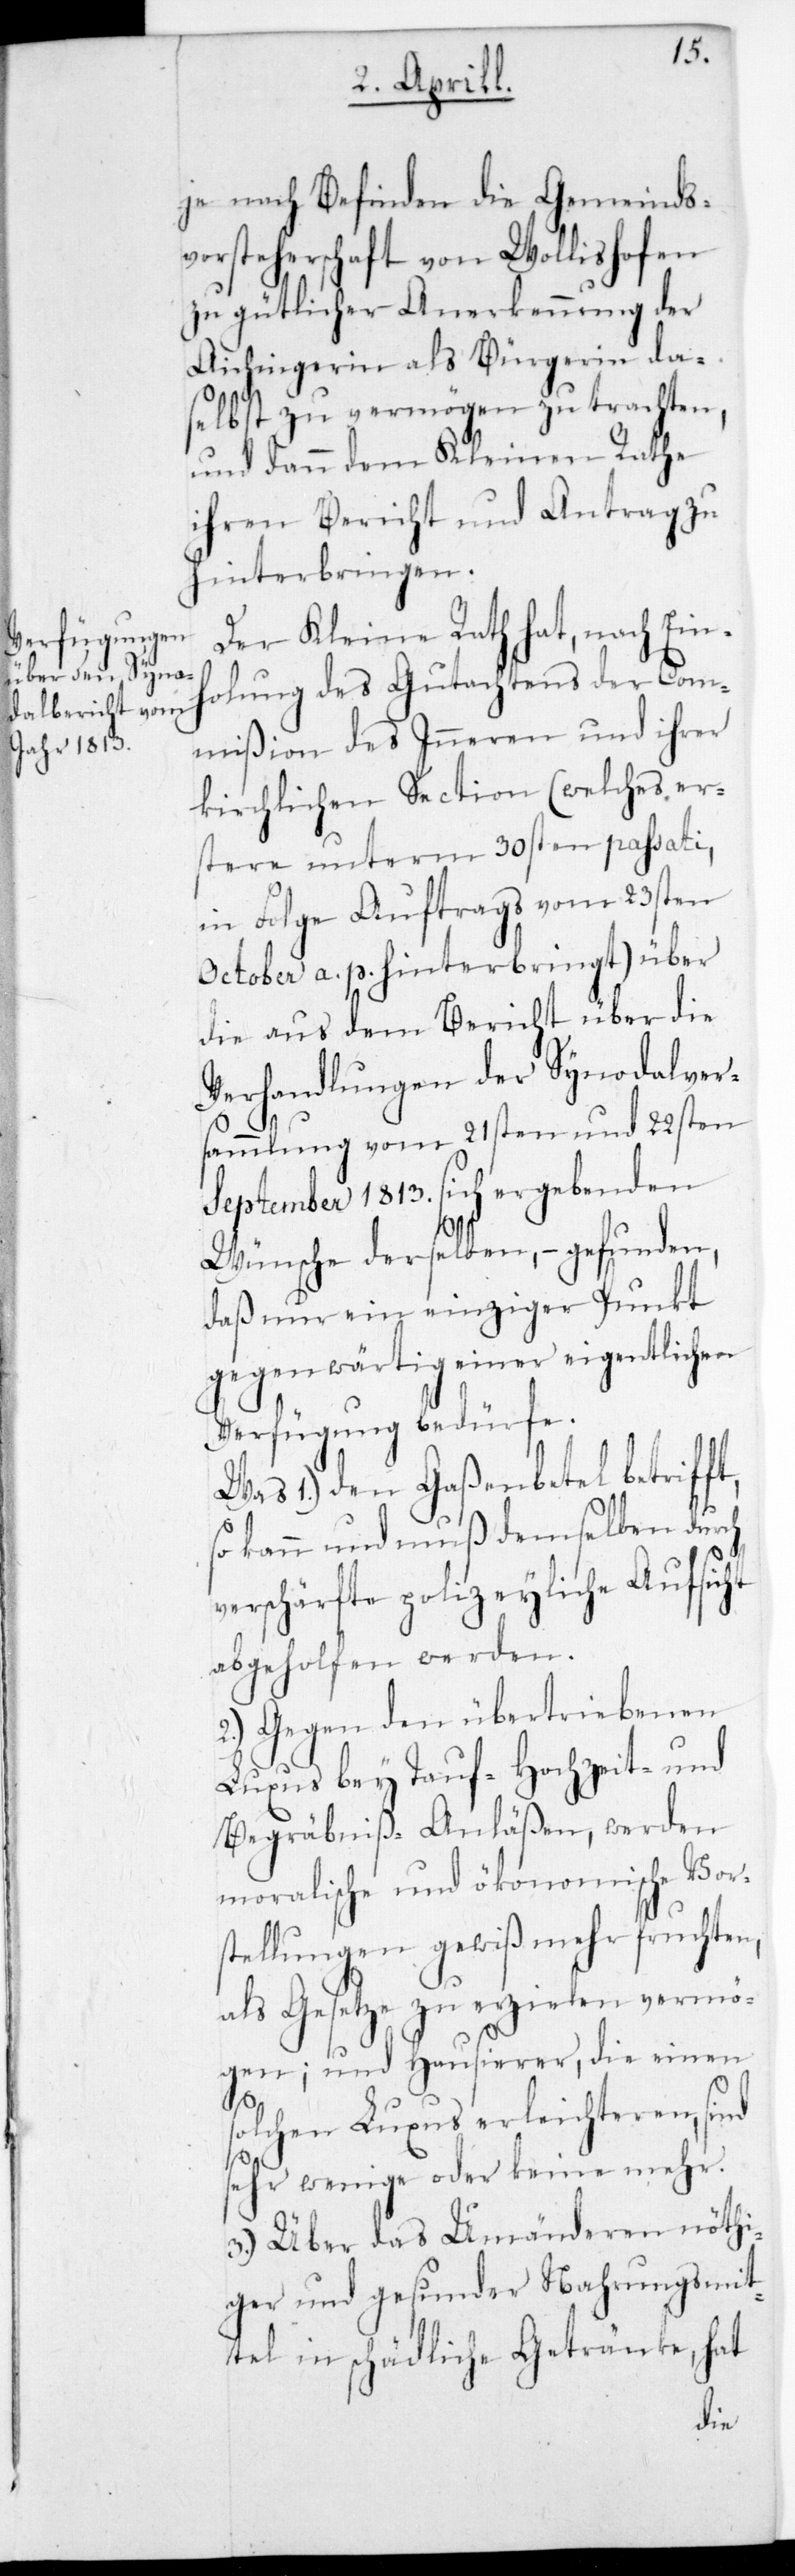
je nach Befinden die Gemeinds¬
vorsteherschaft von Wollishofen
zu gütlicher Anerkennung der
Aichingerin als Bürgerin da¬
selbst zu vermögen zu trachten,
und dann dem Kleinen Rathe
ihren Bericht und Antrag zu
hinterbringen.
Der Kleine Rath hat, nach Ein¬
holung des Gutachtens der Com¬
mißion des Inneren und ihrer
kirchlichen Section (welches er¬
stere unterm 30sten passati
in Folge Auftrags vom 23sten
October a. p. hinterbringt) über
die aus dem Bericht über die
Verhandlungen der Synodalver¬
sammlung vom 21sten und 22sten
September 1813. sich ergebenden
Wünsche derselben, – gefunden,
daß nur ein einziger Punkt
gegenwärtig einer eigentlichen
Verfügung bedürfe.
Was 1.) den Gaßenbettel betrifft,
verschärfte polizeyliche Aufsicht
abgeholfen werden.
2.) Gegen den übertriebenen
Luxus bey Tauf-[,] Hochzeit- und
Begräbnis-Anläßen, werden
moralische und ökonomische Vor¬
stellungen gewiß mehr fruchten,
als Gesetze zu erzielen vermö¬
gen; und Hausierer, die einen
solchen Luxus erleichteren, sind
sehr wenige oder keine mehr.
3.) Über das Umänderen nöthi¬
ger und gesunder Nahrungsmit¬
tel in schädliche Getränke, hat